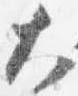
大